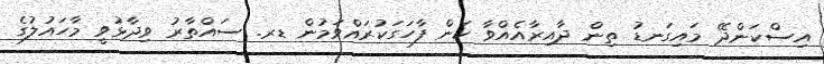
އިސްކަންދޭ މައިގަނޑު ތިން ދާއިރާއެއްވާ ކަން ފާހަގަކުރައްވަމުން ޑރ. ސައްތާރު ވިދާޅުވީ މާހައުލުގެ